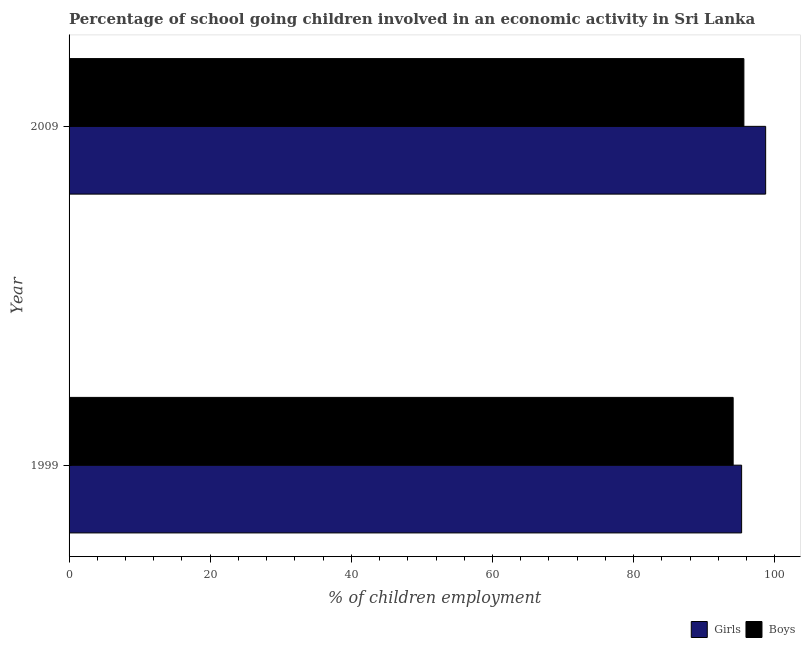
| Year | Girls | Boys |
 | --- | --- | --- |
 | 1999 | 95.3 | 94.1 |
 | 2009 | 98.7 | 95.6 |